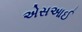
એસઆઈ